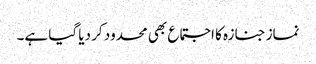
نماز جنازہ کا اجتماع بھی محدود کر دیا گیا ہے۔